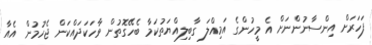
ފަހަރަށް އިންސާނުންނަށް އެ މީހުންގެ އަމިއްލަ ގާބިލިއްޔަތުކަމާ ބެހޭގޮތުން ވާހަކަދައްކަން ޖެހުމުން އެއާ